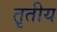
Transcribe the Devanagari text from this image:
त़ृतीय